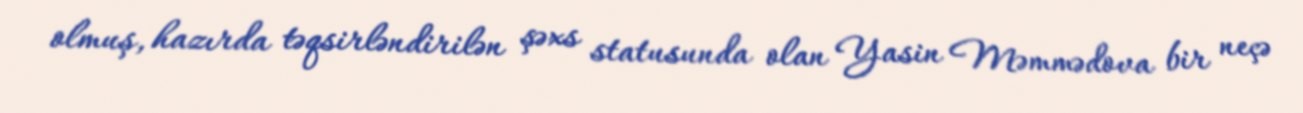
olmuş, hazırda təqsirləndirilən şəxs statusunda olan Yasin Məmmədova bir neçə